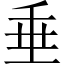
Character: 垂